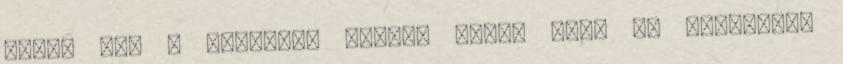
szűri meg a beérkező vizet, nyújt búvó és ívóhelyet